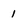
Character: 1